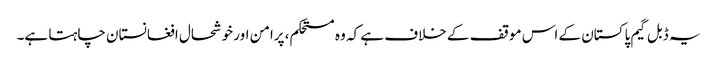
یہ ڈبل گیم پاکستان کے اس موقف کے خلاف ہے کہ وہ مستحکم، پرامن اور خوشحال افغانستان چاہتا ہے۔